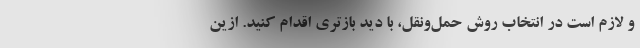
و لازم است در انتخاب روش حمل‌ونقل، با دید بازتری اقدام کنید. ازین